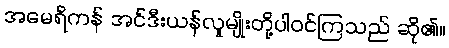
အမေရိကန် အင်ဒီးယန်လူမျိုးတို့ပါဝင်ကြသည် ဆို၏။